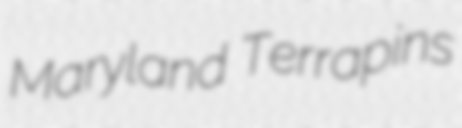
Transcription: Maryland Terrapins